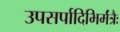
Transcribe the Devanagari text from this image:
उपसर्पादिभिर्मंत्रैः